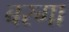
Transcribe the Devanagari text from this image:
बरगा